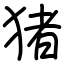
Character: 猪